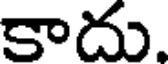
కాదు.